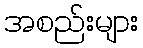
အစည်းများ